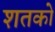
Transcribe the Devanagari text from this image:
शतको